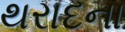
થરાદના